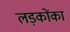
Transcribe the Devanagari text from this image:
लड़कोंका